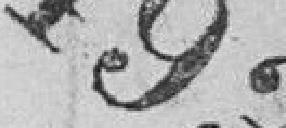
493